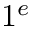
1 ^ { e }